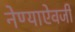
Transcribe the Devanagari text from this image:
नेण्याऐवजी